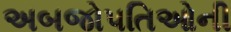
અબજોપતિઓની